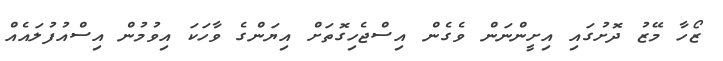
ޒޯހާ މޭޒު ދޮށުގައި އިށީންނަން ވެގެން އިސްޖެހިގޮތަށް އިޔަންގެ ވާހަކަ އިވުމުން އިސްއުފުލައެއް